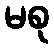
မစု